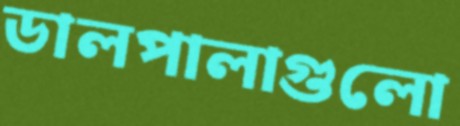
ডালপালাগুলো